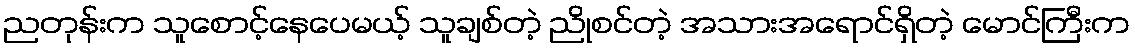
ညတုန်းက သူစောင့်နေပေမယ့် သူချစ်တဲ့ ညိုစင်တဲ့ အသားအရောင်ရှိတဲ့ မောင်ကြီးက